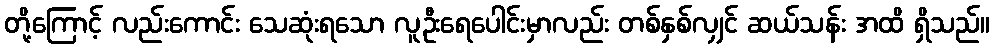
တို့ကြောင့် လည်းကောင်း သေဆုံးရသော လူဦးရေပေါင်းမှာလည်း တစ်နှစ်လျှင် ဆယ်သန်း အထိ ရှိသည်။